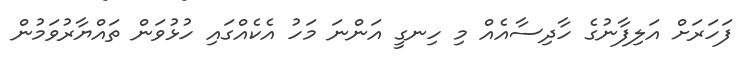
ފަހަރަށް އަލިފާނުގެ ހާދިސާއެއް މި ހިނގީ އަންނަ މަހު އެކެއްގައި ހުޅުވަން ތައްޔާރުވަމުން